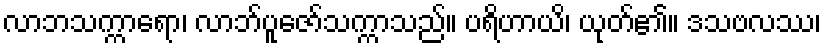
လာဘသက္ကာရော၊ လာဘ်ပူဇော်သက္ကာသည်။ ပရိဟာယိ၊ ယုတ်၏။ ဒသဗလဿ၊